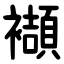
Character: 襭